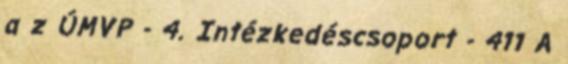
a z ÚMVP - 4. Intézkedéscsoport - 411 A